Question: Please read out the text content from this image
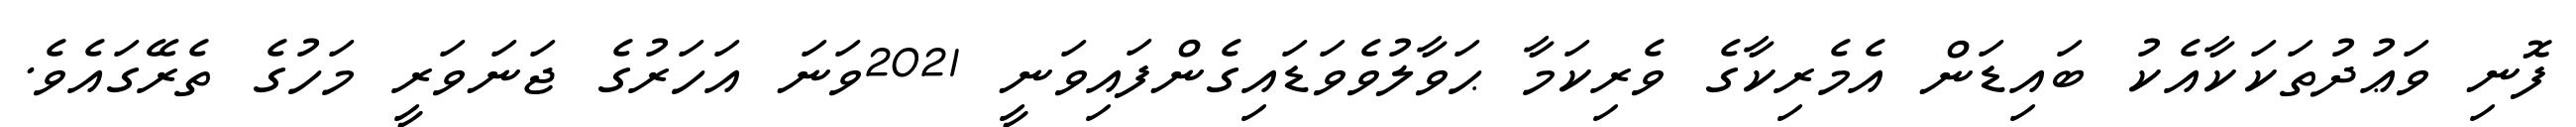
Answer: ފޮނި ވަޢުދުތަކަކާއެކު ބައިޑަން އެމެރިކާގެ ވެރިކަމާ ޙަވާލުވެވަޑައިގެންފައިވަނީ 2021ވަނަ އަހަރުގެ ޖަނަވަރީ މަހުގެ ތެރޭގައެވެ.